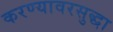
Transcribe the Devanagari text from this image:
करण्यावरसुद्धा